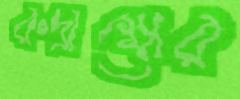
রুদ্রাক্ষের